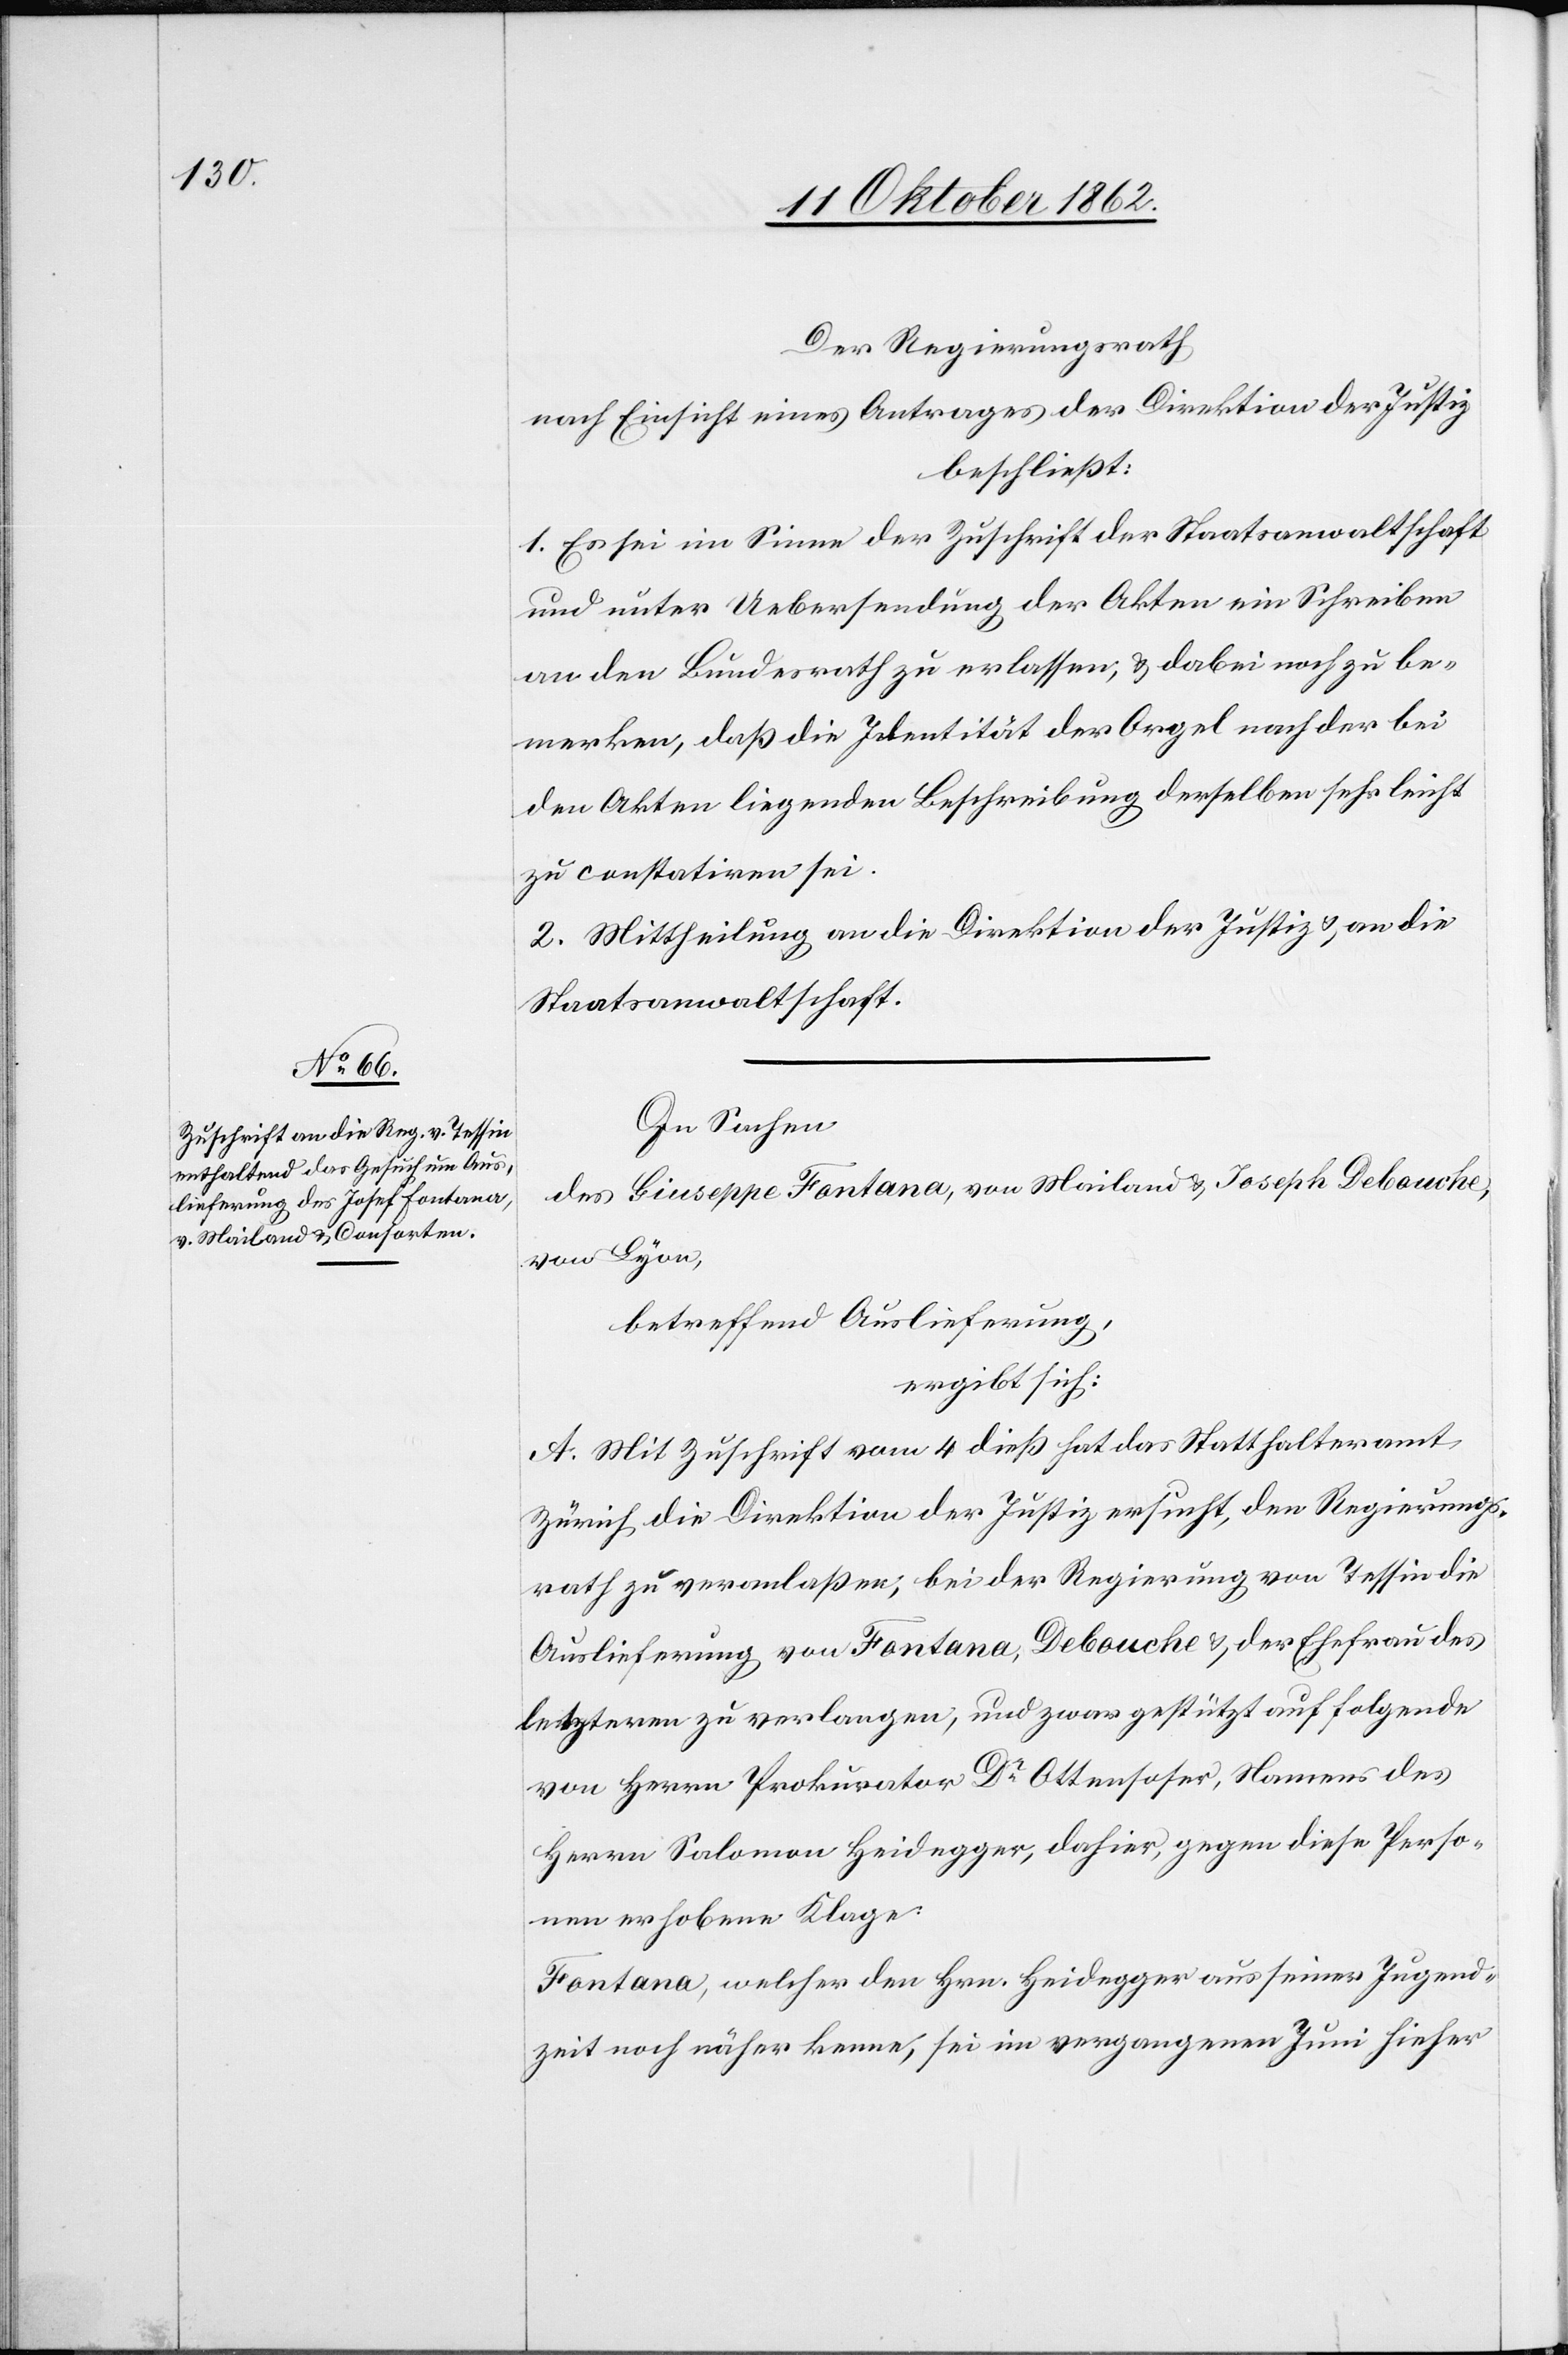
Der Regierungsrath
nach Einsicht eines Antrages der Direktion der Justiz
beschließt:
1. Es sei im Sinn der Zuschrift der Staatsanwaltschaft
und unter Uebersendung der Akten ein Schreiben
an den Bundesrath zu erlassen, u. dabei noch zu be¬
merken, daß die Identität der Orgel nach der bei
den Akten liegenden Beschreibung derselben sehr leicht
zu constatiren sei.
2. Mittheilung an die Direktion der Justiz u. an die
Staatsanwaltschaft.
In Sachen
Guiseppe Fontana, von Mailand u. Joseph Debouche
des
von Lyon,
betreffend Auslieferung,
ergibt sich:
A. Mit Zuschrift vom 4. dieß hat das Statthalteramt
Zürich die Direktion der Justiz ersucht, den Regierungs¬
rath zu veranlaßen, bei der Regierung von Tessin die
Auslieferung von Fontana, Debouche u. der Ehefrau des
letztern zu verlangen, und zwar gestützt auf folgende
von Herrn Prokurator Dr. Ottensoser, Namens des
Herrn Salomon Heidegger, dahier, gegen diese Perso¬
n erhobene Klage:
Fontana, welcher den Hrn. Heidegger aus seiner Jugend¬
zeit noch näher kenne, sei im vergangenen Juni hieher